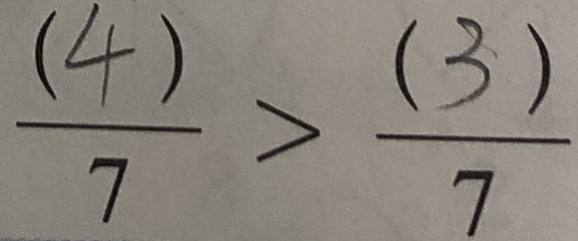
\frac { ( 4 ) } { 7 } > \frac { ( 3 ) } { 7 }